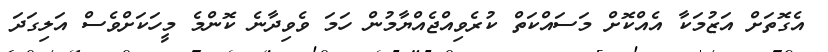
އެގޮތަށް އަޒުމަކާ އެއްކޮށް މަސައްކަތް ކުރެވިއްޖެއްޔާމުން ހަމަ ވެވިދާނެ ކޮންމެ މީހަކަށްވެސް އަލިގަދަ